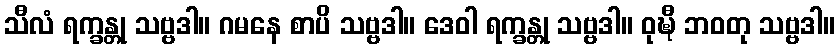
သီလံ ရက္ခန္တု သဗ္ဗဒါ။ ဂမနေ စာပိ သဗ္ဗဒါ။ ဒေဝါ ရက္ခန္တု သဗ္ဗဒါ။ ဝုဍ္ဎီ ဘဝတု သဗ္ဗဒါ။